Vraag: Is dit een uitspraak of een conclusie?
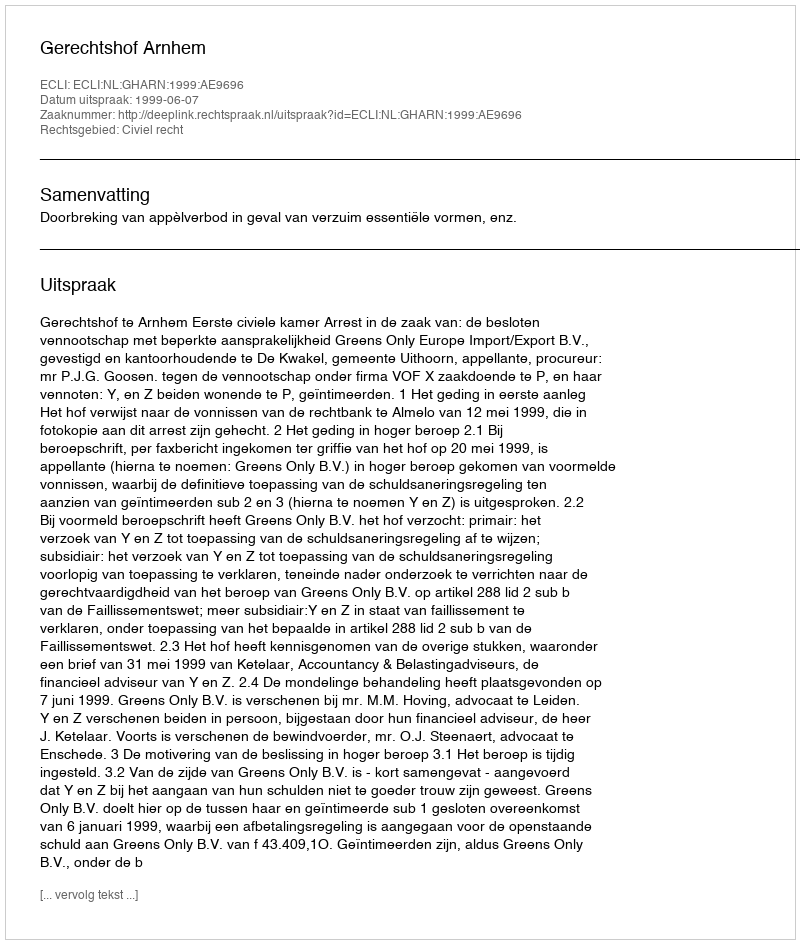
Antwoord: Uitspraak